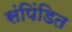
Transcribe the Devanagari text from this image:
संपिंडित